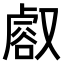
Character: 𧮸